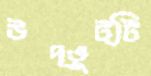
উদ্ভুট্টি